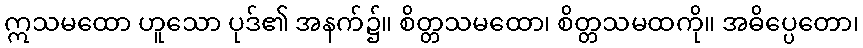
ဣသမထော ဟူသော ပုဒ်၏ အနက်၌။ စိတ္တသမထော၊ စိတ္တသမထကို။ အဓိပ္ပေတော၊